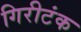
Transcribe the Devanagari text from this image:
गिरीटंक